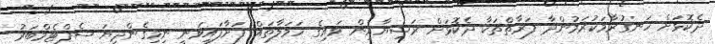
ދެކޮޅަށް ހަނގުރާމަކުރަމުންދާ ފަރާތްތަކާ ދެކޮޅަށް ރަޝިޔާއިން ވައިގެ ހަމަލާތައް ފަށާފައިވަނީ ނިމިގެންދިޔަ ސެޕްޓެމްބަރު